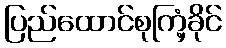
ပြည်ထောင်စုကြံ့ခိုင်